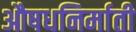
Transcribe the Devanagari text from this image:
औषधनिर्माती